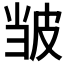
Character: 𫵃